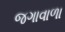
જગાવાળા